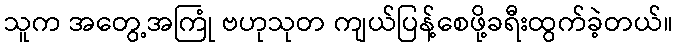
သူက အတွေ့အကြုံ ဗဟုသုတ ကျယ်ပြန့်စေဖို့ခရီးထွက်ခဲ့တယ်။